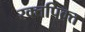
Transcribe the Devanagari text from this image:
रक्तपिक्त